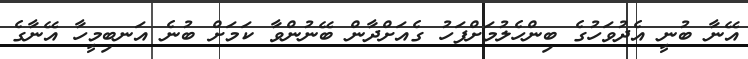
އޭނާ ބުނީ އެދުވަހުގެ ބިންހެލުމަށްފަހު ގެއަށްދާން ބޭނުންވާ ކަމަށް ބުނެ އަނބިމީހާ އޭނާގެ